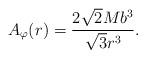
LaTeX: \begin{align*}{A}_{\varphi}(r)=\frac{2\sqrt{2}Mb^3}{\sqrt{3}r^3}.\end{align*}